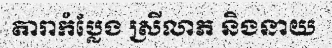
តារាកំប្លែង ស្រីលាភ និងនាយ